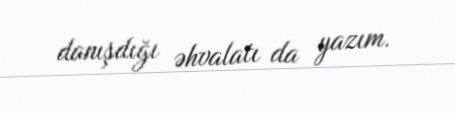
danışdığı əhvalatı da yazım.